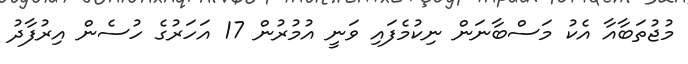
މުޖުތަބާއާ އެކު މަސްބާނަން ނިކުމެފައި ވަނީ އުމުރުން 17 އަހަރުގެ ހުސެން އިރުފާދު